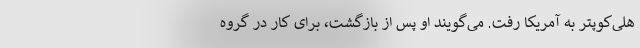
هلی‌کوپتر به آمریکا رفت. می‌گویند او پس از بازگشت، برای کار در گروه